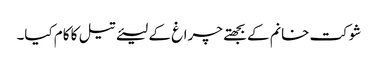
شوکت خانم کے بجھتے چراغ کے لیئے تیل کا کام کیا۔